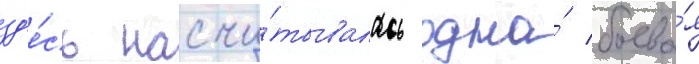
зд'е́сь насчи́тывалась одна́ боева́я